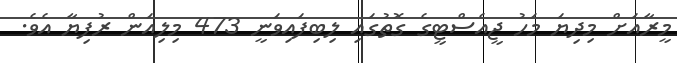
މީރާއަށް މިދިޔަ މަހު ޖީއެސްޓީގެ ގޮތުގައި ލިބިފައިވަނީ 473 މިލިއަން ރުފިޔާ އެވެ.